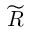
\widetilde { R }